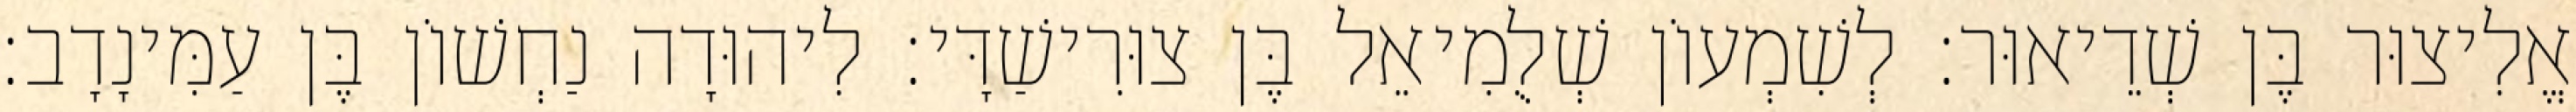
אֱלִיצוּר בֶּן שְׁדֵיאוּר׃ לְשִׁמְעוֹן שְׁלֻמִיאֵל בֶּן צוּרִישַׁדָּי׃ לִיהוּדָה נַחְשׁוֹן בֶּן עַמִּינָדָב׃